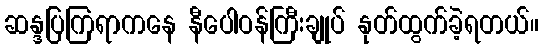
ဆန္ဒပြကြရာကနေ နီပေါဝန်ကြီးချုပ် နုတ်ထွက်ခဲ့ရတယ်။